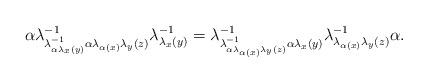
LaTeX: \begin{align*}\alpha\lambda_{\lambda_{\alpha\lambda_{x}(y)}^{-1}\alpha\lambda_{\alpha(x)}\lambda_{y}(z)}^{-1}\lambda_{\lambda_{x}(y)}^{-1}=\lambda_{\lambda_{\alpha\lambda_{\alpha(x)}\lambda_{y}(z)}^{-1}\alpha\lambda_{x}(y)}^{-1}\lambda_{\lambda_{\alpha(x)}\lambda_{y}(z)}^{-1}\alpha.\end{align*}